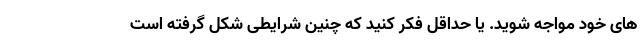
های خود مواجه شوید. یا حداقل فکر کنید که چنین شرایطی شکل گرفته است